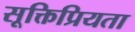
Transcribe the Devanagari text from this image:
सूक्तिप्रियता